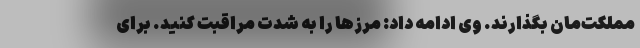
مملکت‌‌مان بگذارند. وی ادامه داد: مرزها را به شدت مراقبت کنید. برای